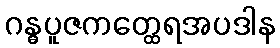
ဂန္ဓပူဇကတ္ထေရအပဒါန